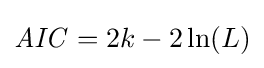
{\mathit {AIC}}=2k-2\ln(L)